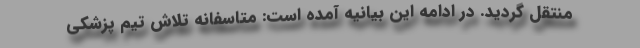
منتقل گردید. در ادامه این بیانیه آمده است: متاسفانه تلاش تیم پزشکی